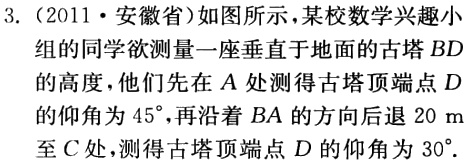
3. (2011·安徽省)如图所示，某校数学兴趣小

组的同学欲测量一座垂直于地面的古塔 \(BD\)

的高度，他们先在 \(A\) 处测得古塔顶端点 \(D\)

的仰角为 \(45^{\circ}\)，再沿着 \(BA\) 的方向后退 \(20\) m

至 \(C\) 处，测得古塔顶端点 \(D\) 的仰角为 \(30^{\circ}\)。